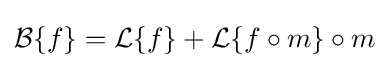
{\mathcal {B}}\{f\}={\mathcal {L}}\{f\}+{\mathcal {L}}\{f\circ m\}\circ m